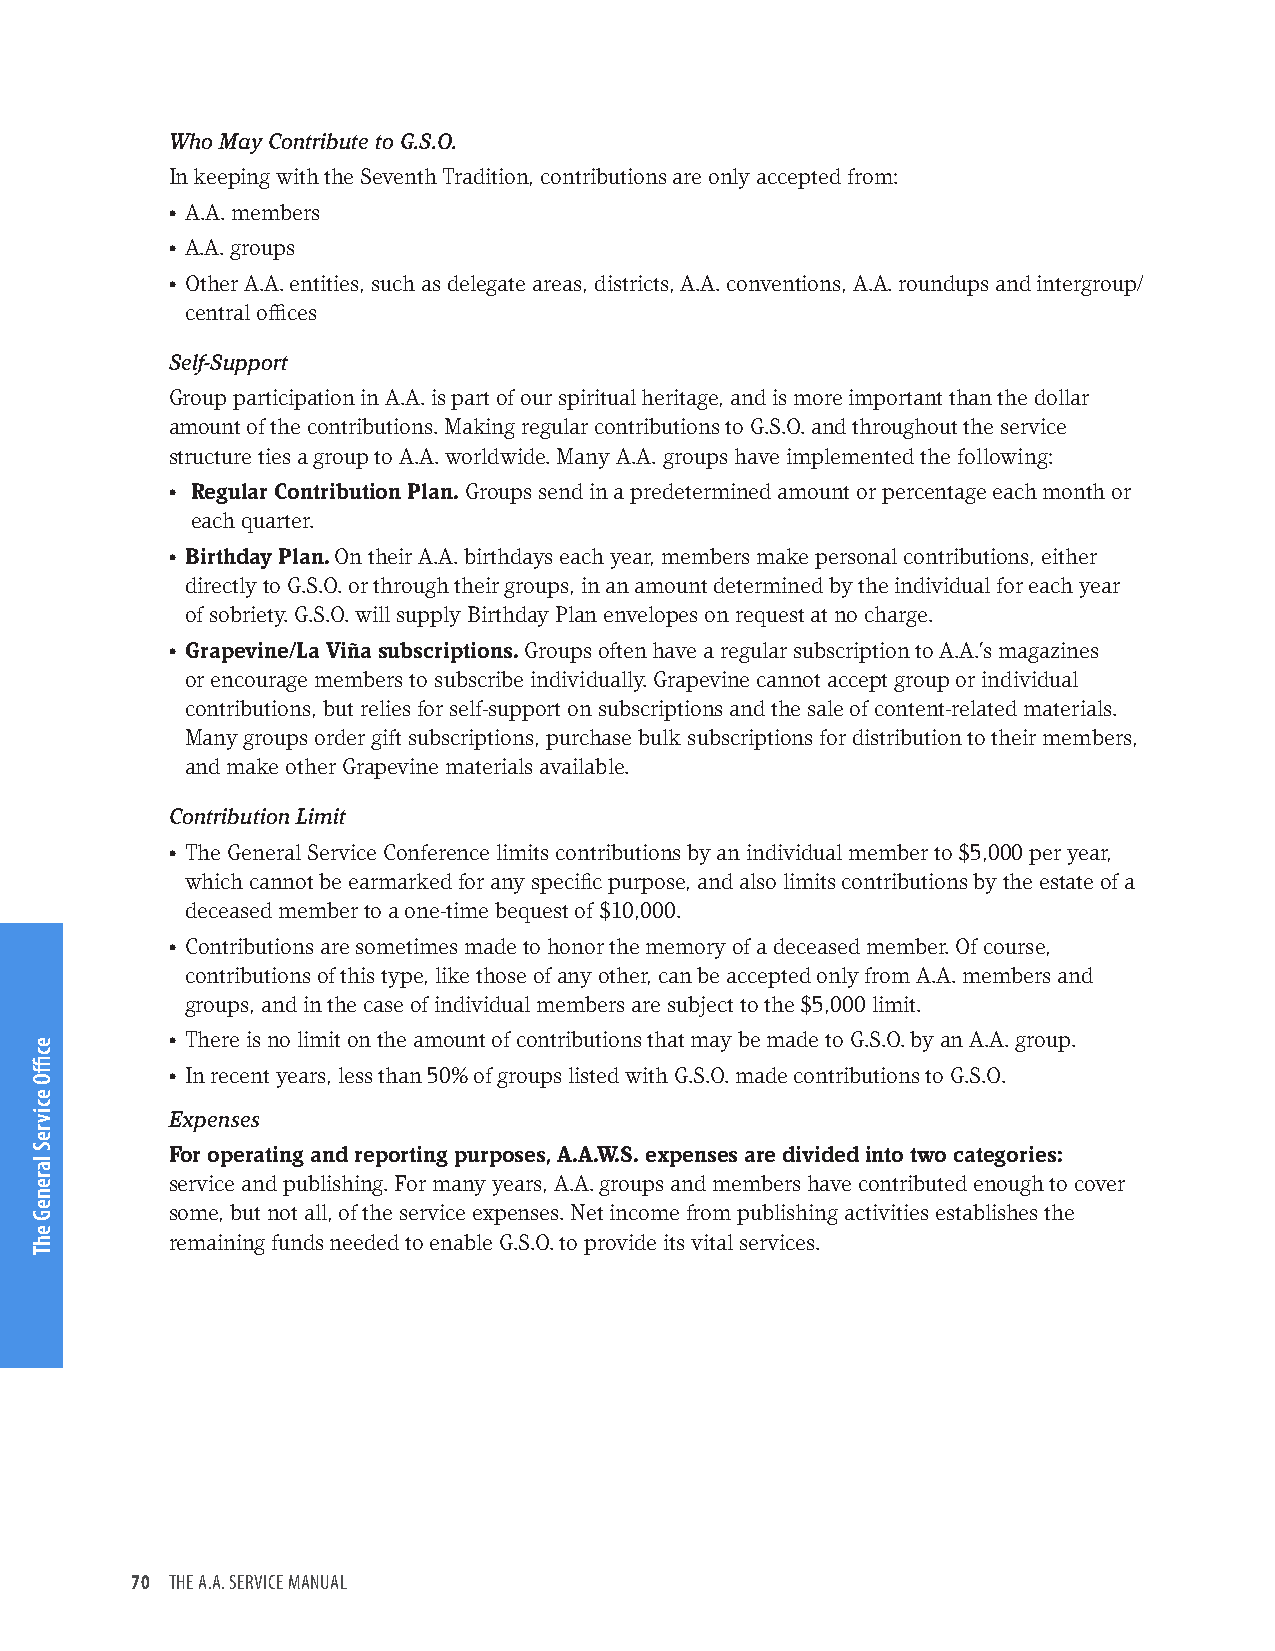
Who May Contribute to G.S.O.
 In keeping with the Seventh Tradition, contributions are only accepted from:
 • A.A. members
 • A.A. groups
 • Other A.A. entities, such as delegate areas, districts, A.A. conventions, A.A. roundups and intergroup/
 central offices
 Self-Support
 Group participation in A.A. is part of our spiritual heritage, and is more important than the dollar
 amount of the contributions. Making regular contributions to G.S.O. and throughout the service
 structure ties a group to A.A. worldwide. Many A.A. groups have implemented the following:
 • Regular Contribution Plan. Groups send in a predetermined amount or percentage each month or
 each quarter.
 • Birthday Plan. On their A.A. birthdays each year, members make personal contributions, either
 directly to G.S.O. or through their groups, in an amount determined by the individual for each year
 of sobriety. G.S.O. will supply Birthday Plan envelopes on request at no charge.
 • Grapevine/La Viña subscriptions. Groups often have a regular subscription to A.A.’s magazines
 or encourage members to subscribe individually. Grapevine cannot accept group or individual
 contributions, but relies for self-support on subscriptions and the sale of content-related materials.
 Many groups order gift subscriptions, purchase bulk subscriptions for distribution to their members,
 and make other Grapevine materials available.
 Contribution Limit
 • The General Service Conference limits contributions by an individual member to $5,000 per year,
 which cannot be earmarked for any specific purpose, and also limits contributions by the estate of a
 deceased member to a one-time bequest of $10,000.
 • Contributions are sometimes made to honor the memory of a deceased member. Of course,
 contributions of this type, like those of any other, can be accepted only from A.A. members and
 groups, and in the case of individual members are subject to the $5,000 limit.
 • There is no limit on the amount of contributions that may be made to G.S.O. by an A.A. group.
 • In recent years, less than 50% of groups listed with G.S.O. made contributions to G.S.O.
 Expenses
 For operating and reporting purposes, A.A.W.S. expenses are divided into two categories:
 service and publishing. For many years, A.A. groups and members have contributed enough to cover
 some, but not all, of the service expenses. Net income from publishing activities establishes the
 remaining funds needed to enable G.S.O. to provide its vital services.
 70 THE A.A. SERVICE MANUAL
 ecffiO
 ecivreS
 lareneG
 ehT